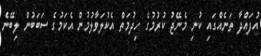
އުފައްދާ ތަނެއްގައި ކުނި މެނޭޖު ކުރުމުގެ ހިދުމަތް އެކުލަވާލުމުން އެކަމުގެ ސަބަބުން ލިބޭނެ